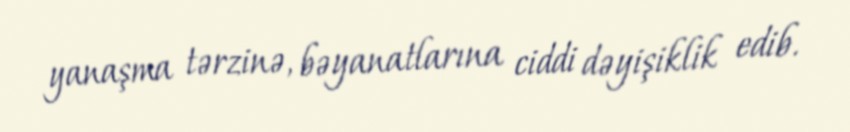
yanaşma tərzinə, bəyanatlarına ciddi dəyişiklik edib.